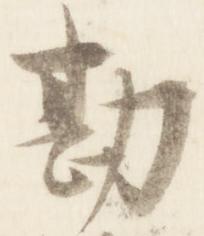
勘